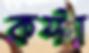
কস্টা